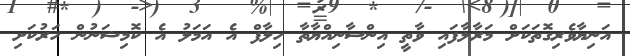
އަނިޔާވެރިގޮތަކަށް މަރާލާފައި ވާތީ އިންސާނިއްޔާތާ ހިލާފް އެ އަމަލު އެ ކޮމިޝަނުން ހަރުކަށި